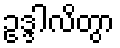
ဥဒ္ဒါလိတွာ